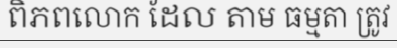
ពិភពលោក ដែល តាម ធម្មតា ត្រូវ